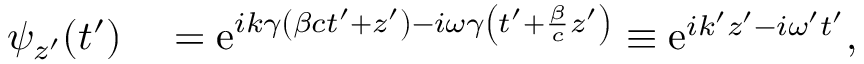
\begin{array} { r l } { \psi _ { z ^ { \prime } } ( t ^ { \prime } ) } & { { } = \mathrm { e } ^ { i k \gamma \left( \beta c t ^ { \prime } + z ^ { \prime } \right) - i \omega \gamma \left( t ^ { \prime } + \frac { \beta } { c } z ^ { \prime } \right) } \equiv \mathrm { e } ^ { i k ^ { \prime } z ^ { \prime } - i \omega ^ { \prime } t ^ { \prime } } , } \end{array}